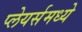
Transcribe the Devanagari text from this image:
प्लेयर्समध्ये